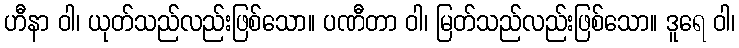
ဟီနာ ဝါ၊ ယုတ်သည်လည်းဖြစ်သော။ ပဏီတာ ဝါ၊ မြတ်သည်လည်းဖြစ်သော။ ဒူရေ ဝါ၊